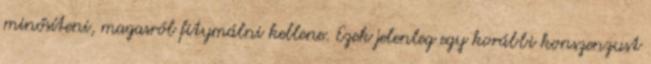
minősíteni, magasról fitymálni kellene. Ezek jelenleg egy korábbi konszenzust